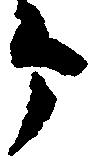
郎